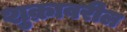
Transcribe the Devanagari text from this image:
शुक्रावरील